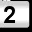
Digit: 2